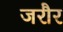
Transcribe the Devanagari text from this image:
जरौर